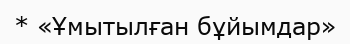
* «Ұмытылған бұйымдар»